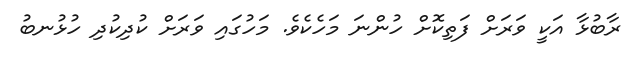
ރާބުޅާ އަކީ ވަރަށް ފަތިކޮށް ހުންނަ މަހެކެވެ. މަހުގައި ވަރަށް ކުދިކުދި ހުޅުނބު